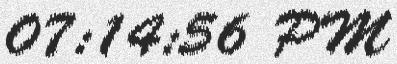
07:14:56 PM